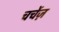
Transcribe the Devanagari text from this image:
चर्चेज़